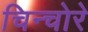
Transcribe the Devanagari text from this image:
चिन्चोरे